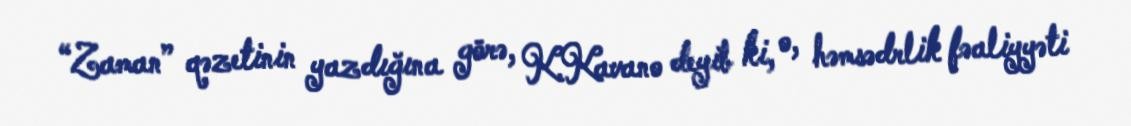
“Zaman” qəzetinin yazdığına görə, K.Kavano deyib ki, o, həmsədrlik fəaliyyəti